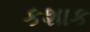
કશાક